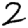
Digit: 2